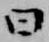
曰